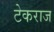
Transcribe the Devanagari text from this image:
टेकराज